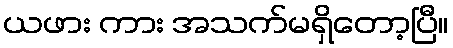
ယဖား ကား အသက်မရှိတော့ပြီ။